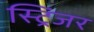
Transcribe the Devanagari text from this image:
स्ट्रिंजर